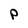
Character: P